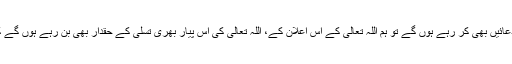
جب یہ سوچ ہو گی اور ہم اس طرح دعائیں بھی کر رہے ہوں گے تو ہم اللہ تعالیٰ کے اس اعلان کے، اللہ تعالیٰ کی اس پیار بھری تسلی کے حقدار بھی بن رہے ہوں گے کہ{ لَئِنْ شَکَرْتُمْ لَاَزِیْدَنَّکُمْ }(ابراہیم :8)۔